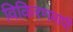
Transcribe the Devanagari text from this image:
विकिरणमापी